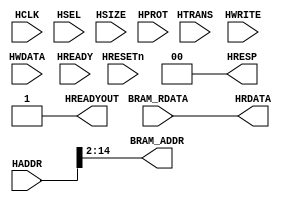
module AHBlite_Block_ROM #(
    parameter            ADDR_WIDTH = 13)(
    input  wire          HCLK,    
    input  wire          HRESETn, 
    input  wire          HSEL,    
    input  wire   [31:0] HADDR,   
    input  wire    [1:0] HTRANS,  
    input  wire    [2:0] HSIZE,   
    input  wire    [3:0] HPROT,   
    input  wire          HWRITE,  
    input  wire   [31:0] HWDATA,   
    input wire           HREADY, 
    output wire          HREADYOUT, 
    output wire   [31:0] HRDATA,  
    output wire    [1:0] HRESP,
    output wire   [ADDR_WIDTH-1:0]  BRAM_ADDR,
    input  wire   [31:0] BRAM_RDATA
);

assign HRESP = 2'b0;
assign HRDATA = BRAM_RDATA;
assign BRAM_ADDR = HADDR[(ADDR_WIDTH+1):2];
assign HREADYOUT = 1'b1;

endmodule